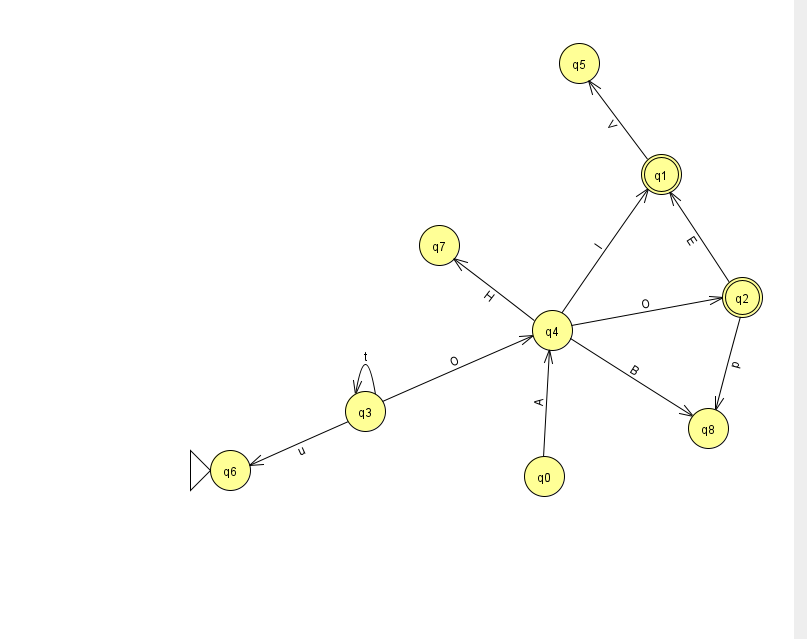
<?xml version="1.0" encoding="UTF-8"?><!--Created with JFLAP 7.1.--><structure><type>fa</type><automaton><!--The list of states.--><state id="0" name="q0"><x>544.0</x><y>463.0</y></state><state id="1" name="q1"><x>661.0</x><y>161.0</y><final/></state><state id="2" name="q2"><x>742.0</x><y>284.0</y><final/></state><state id="3" name="q3"><x>365.0</x><y>398.0</y></state><state id="4" name="q4"><x>552.0</x><y>317.0</y></state><state id="5" name="q5"><x>579.0</x><y>50.0</y></state><state id="6" name="q6"><x>230.0</x><y>457.0</y><initial/></state><state id="7" name="q7"><x>439.0</x><y>232.0</y></state><state id="8" name="q8"><x>708.0</x><y>415.0</y></state><!--The list of transitions.--><transition><from>3</from><to>3</to><read>t</read></transition><transition><from>4</from><to>1</to><read>l</read></transition><transition><from>0</from><to>4</to><read>A</read></transition><transition><from>3</from><to>6</to><read>u</read></transition><transition><from>4</from><to>7</to><read>H</read></transition><transition><from>1</from><to>5</to><read>V</read></transition><transition><from>2</from><to>1</to><read>E</read></transition><transition><from>4</from><to>2</to><read>O</read></transition><transition><from>3</from><to>4</to><read>O</read></transition><transition><from>2</from><to>8</to><read>p</read></transition><transition><from>4</from><to>8</to><read>B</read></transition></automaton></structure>